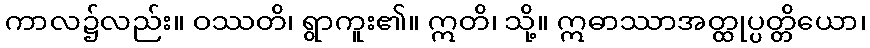
ကာလ၌လည်း။ ဝဿတိ၊ ရွာကူး၏။ ဣတိ၊ သို့။ ဣဓာဿာအတ္ထုပ္ပတ္တိယော၊